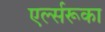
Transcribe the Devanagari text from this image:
एर्ल्सरूका